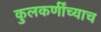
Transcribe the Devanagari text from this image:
कुलकर्णींच्याच